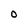
Character: O